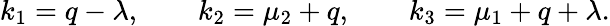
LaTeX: k_{1}=q-\lambda,\qquad k_{2}=\mu_{2}+q,\qquad k_{3}=\mu_{1}+q+\lambda.